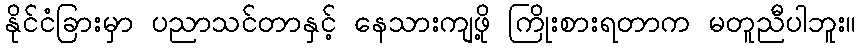
နိုင်ငံခြားမှာ ပညာသင်တာနှင့် နေသားကျဖို့ ကြိုးစားရတာက မတူညီပါဘူး။